Madras plague regulations and rules - Volume 2
Disease focus: Plague
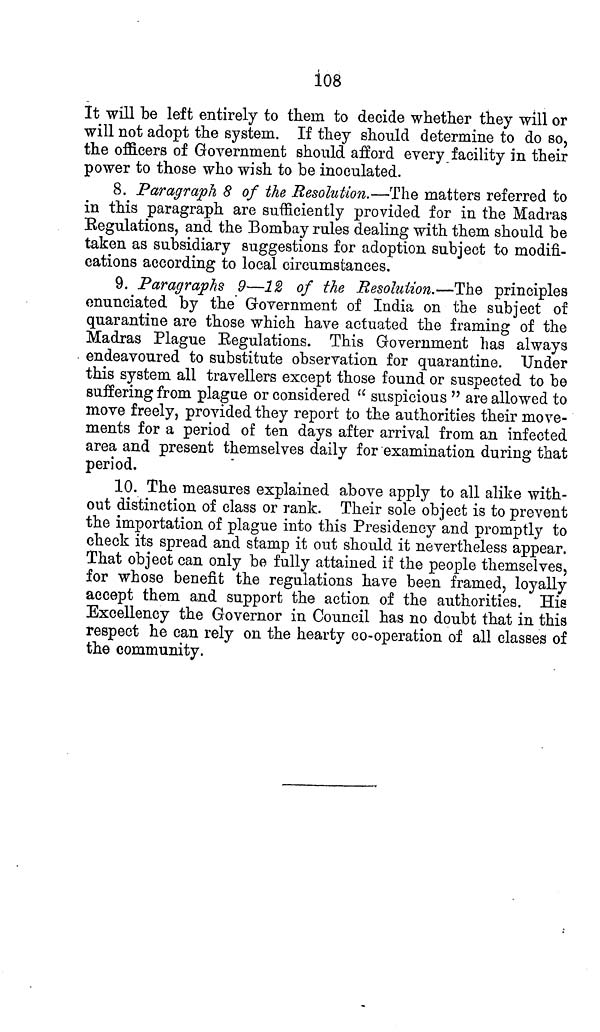
108
It will be left entirely to them to decide whether they will or
will not adopt the system. If they should determine to do so,
the officers of Government should afford every facility in their
power to those who wish to be inoculated.
8. Paragraph 8 of the Resolution.—The matters referred to
in this paragraph are sufficiently provided for in the Madras
Regulations, and the Bombay rules dealing with them should be
taken as subsidiary suggestions for adoption subject to modifi-
cations according to local circumstances.
9. Paragraphs 9—12 of the Resolution.—The principles
enunciated by the Government of India on the subject of
quarantine are those which have actuated the framing of the
Madras Plague Regulations. This Government has always
endeavoured to substitute observation for quarantine. Under
this system all travellers except those found or suspected to be
suffering from plague or considered " suspicious " are allowed to
move freely, provided they report to the authorities their move-
ments for a period of ten days after arrival from an infected
area and present themselves daily for examination during that
period.
10. The measures explained above apply to all alike with-
out distinction of class or rank. Their sole object is to prevent
the importation of plague into this Presidency and promptly to
check its spread and stamp it out should it nevertheless appear.
That object can only be fully attained if the people themselves,
for whose benefit the regulations have been framed, loyally
accept them and support the action of the authorities. Hie
Excellency the Governor in Council has no doubt that in this
respect he can rely on the hearty co-operation of all classes of
the community.